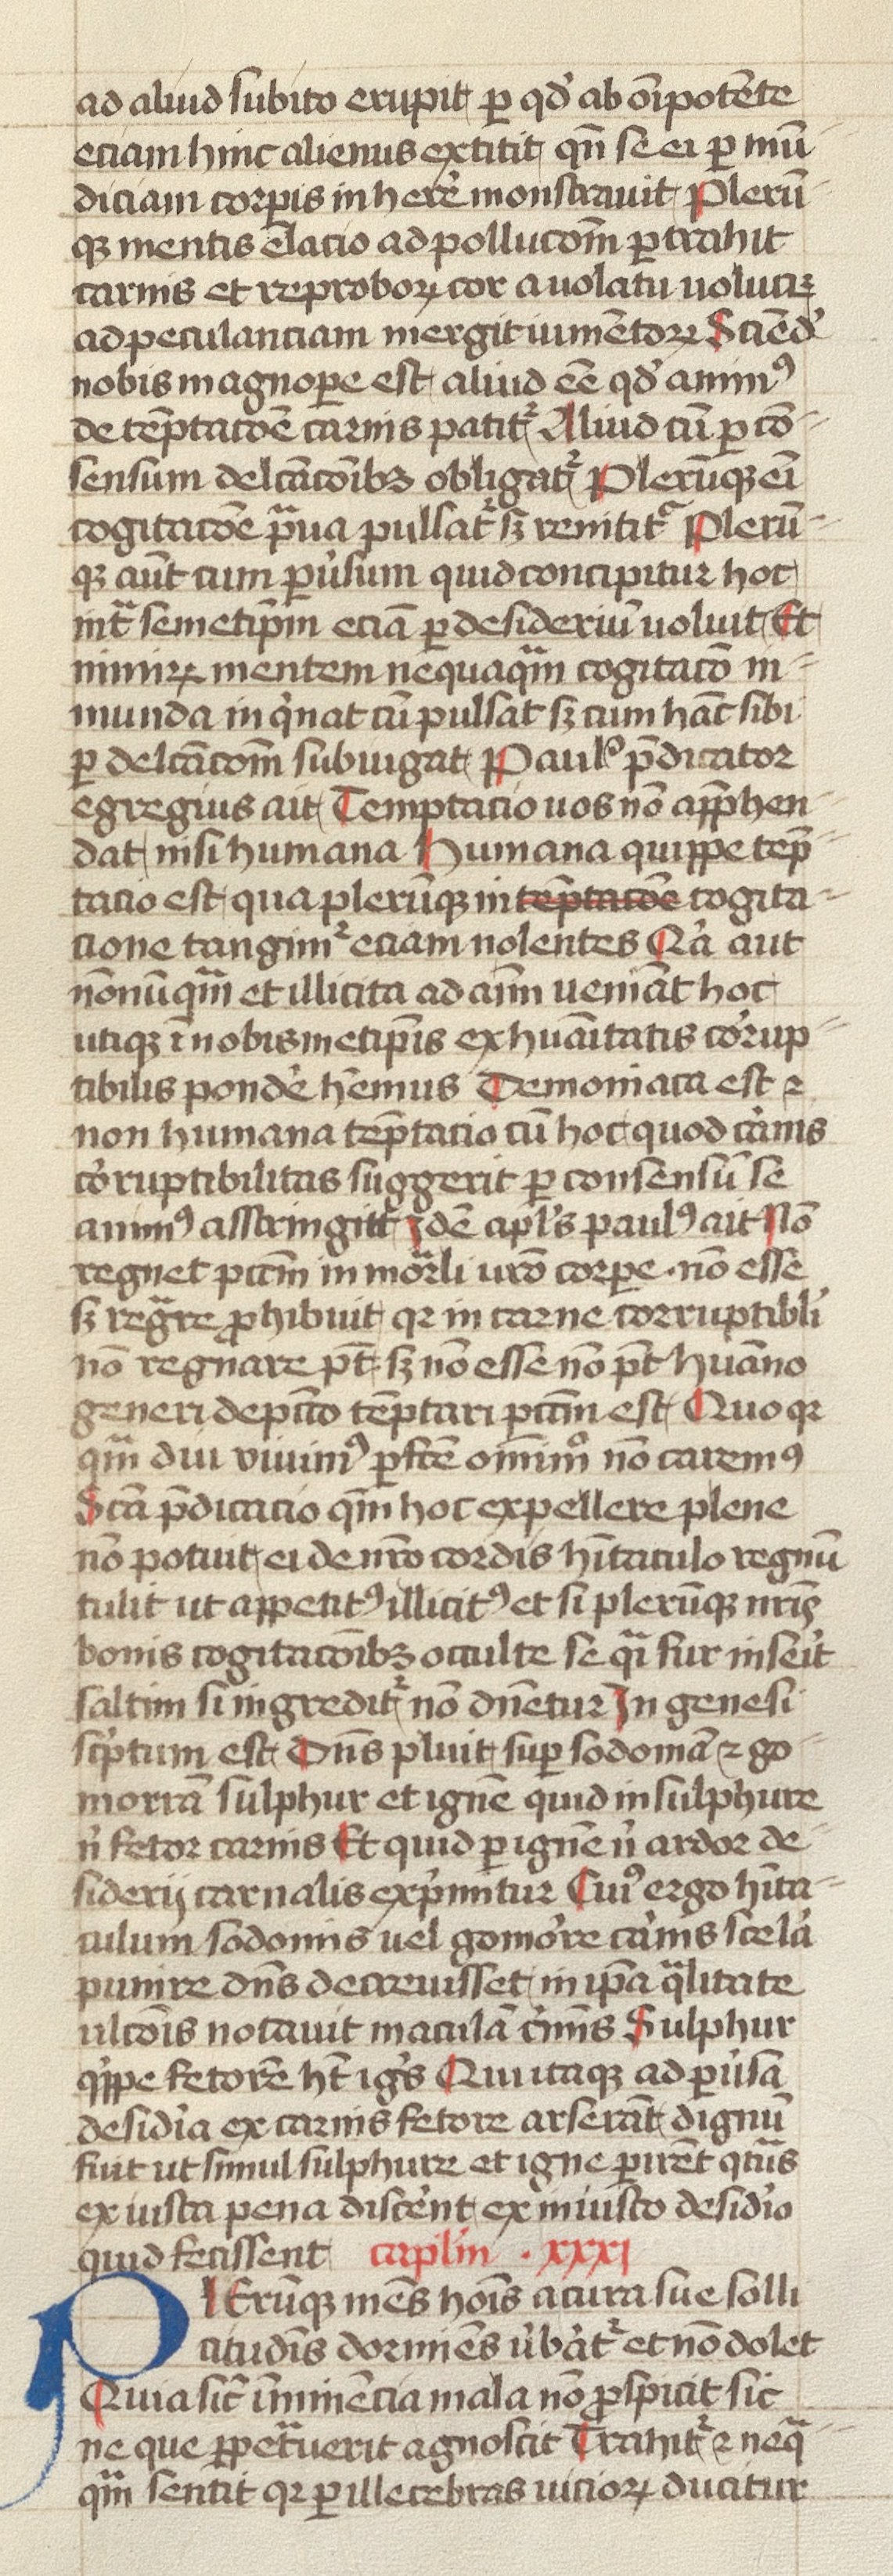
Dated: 1400–1499